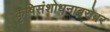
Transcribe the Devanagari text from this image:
कृषिसंशोधनाबरोबर